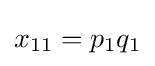
x_{11}=p_{1}q_{1}